Annual report of the Prince of Wales Medical College, Patna
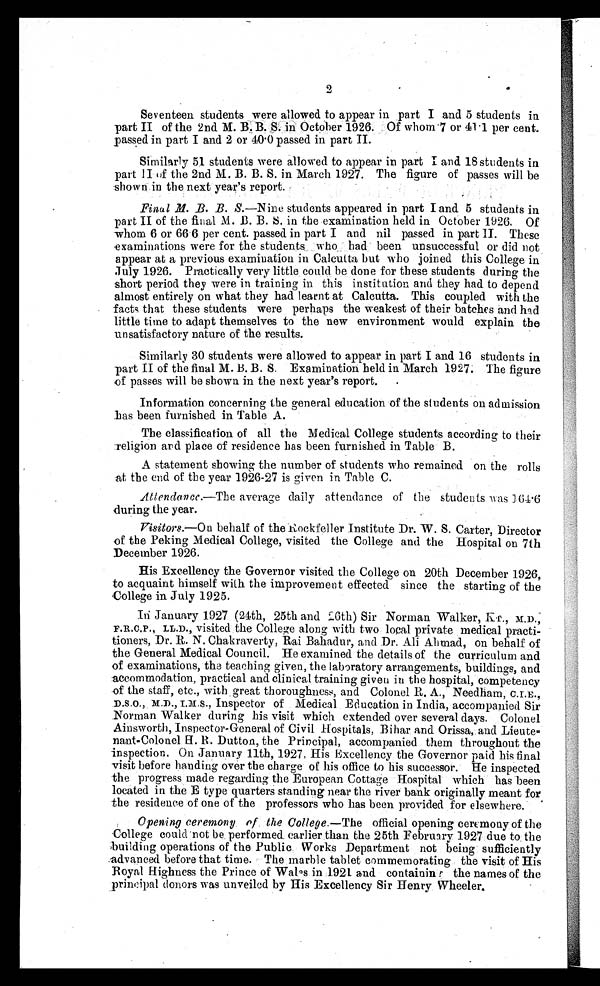
2
Seventeen students were allowed to appear in part I and 5 students in
part II of the 2nd M. B.B.S. in October 1926. Of whom 7 or 41.1 per cent.
passed in part I and 2 or 40.0 passed in part II.
Similarly 51 students were allowed to appear in part I and 18 students in
part II of the 2nd M. B. B. S. in March 1927. The figure of passes will be
shown in the next year's report.
Final M. B. B. S.—Nine students appeared in part I and 5 students in
part II of the final M. B. B. S. in the examination held in October 1926. Of
whom 6 or 66.6 per cent. passed in part I and nil passed in part II. These
examinations were for the students who had been unsuccessful or did not
appear at a previous examination in Calcutta but who joined this College in
July 1926. Practically very little could be done for these students during the
short period they were in training in this institution and they had to depend
almost entirely on what they had learnt at Calcutta. This coupled with the
facts that these students were perhaps the weakest of their batches and had
little time to adapt themselves to the new environment would explain the
unsatisfactory nature of the results.
Similarly 30 students were allowed to appear in part I and 16 students in
part II of the final M. B. B. S. Examination held in March 1927. The figure
of passes will be shown in the next year's report.
Information concerning the general education of the students on admission
has been furnished in Table A.
The classification of all the Medical College students according to their
religion and place of residence has been furnished in Table B.
A statement showing the number of students who remained on the rolls
at the end of the year 1926-27 is given in Table C.
Attendance.—The average daily attendance of the students was 0 64 6
during the year.
Visitors.— On behalf of the Rockfeller Institute Dr. W. S. Carter, Director
of the Peking Medical College, visited the College and the Hospital on 7th
December 1926.
His Excellency the Governor visited the College on 20th December 1926,
to acquaint himself with the improvement effected since the starting of the
College in July 1925.
In January 1927 (24th, 25th and 26th) Sir Norman Walker, KT., M.D.,
F.R.C.P., LL.D., visited the College along with two local private medical practi
– t i o n e r s , D r . R .
N .
C h a k r a v e r t y , R a i B a h a d u r , a n d D r . A l i A h m a d , o n b e h a l f o f
the General Medical Council. He examined the details of the curriculum and
of examinations, the teaching given, the laboratory arrangements, buildings, and
accommodation, practical and clinical training given in the hospital, competency
of the staff, etc., with great thoroughness, and Colonel R. A., Needham, C.I.E.,
D.S.O., M.D., I.M.S., Inspector of Medical Education in India, accompanied Sir
Norman Walker during his visit which extended over several days. Colonel
Ainsworth, Inspector-General of Civil Hospitals, Bihar and Orissa, and Lieute-
nant-Colonel H.R. Dutton, the Principal, accompanied them throughout the
inspection. On January 11th, 1927 , His Excellency the Governor paid his final
visit before handing over the charge of his office to his successor. He inspected
the progress made regarding the European Cottage Hospital which has been
located in the E type quarters standing near the river bank originally meant for
the residence of one of the professors who has been provided for elsewhere.
Opening ceremony of the College .—The official opening ceremony of the
College could not be performed earlier than the 25th February 1927 due to the
building operations of the Public Works Department not being sufficiently
advanced before that time. The marble tablet commemorating the visit of His
Royal Highness the Prince of Wales in 1921 and containing the names of the
principal donors was unveiled by His Excellency Sir Henry Wheeler.